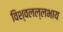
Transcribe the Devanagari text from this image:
विश्वलल्लभाय